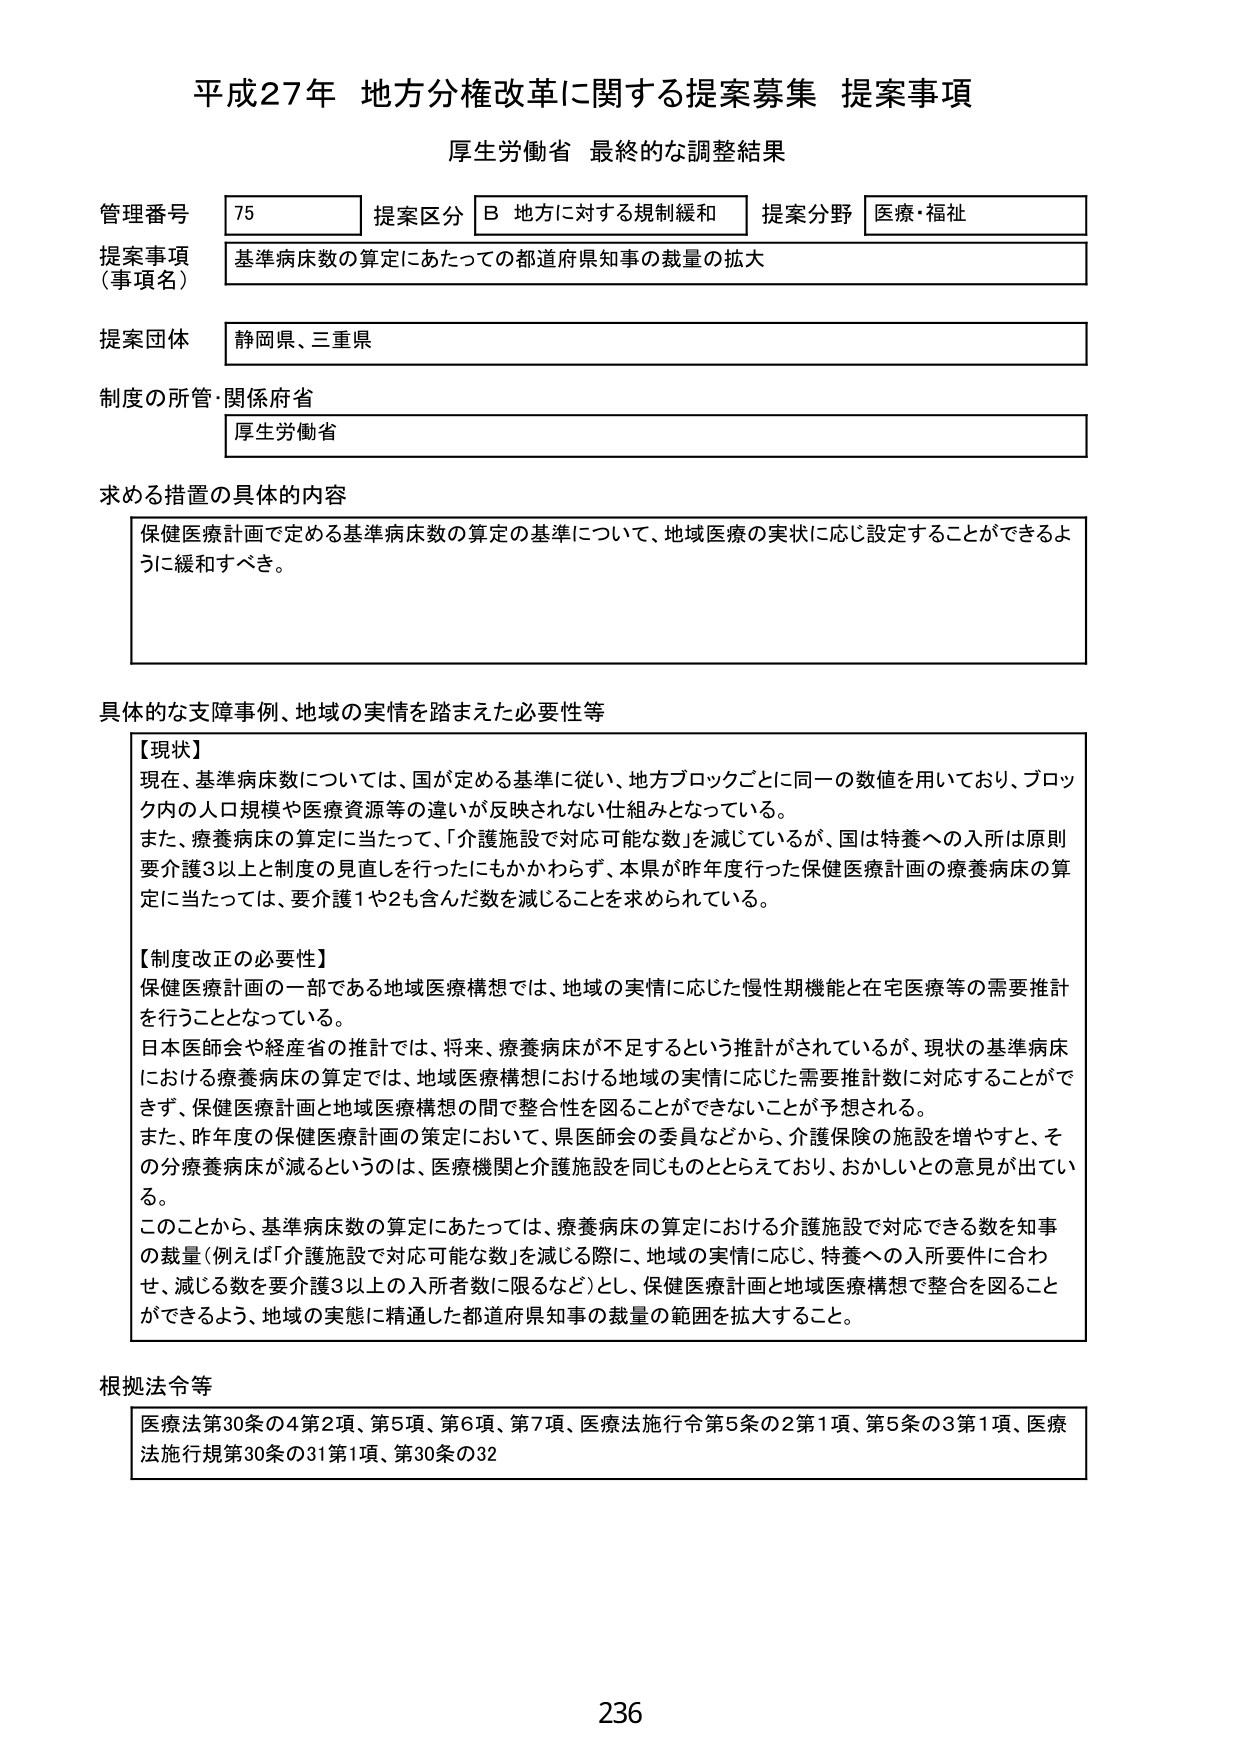
平成27年 地方分権改革に関する提案募集 提案事項
厚生労働省 最終的な調整結果

管理番号 75
提案区分 B 地方に対する規制緩和
提案分野 医療・福祉

提案事項（事項名）
基準病床数の算定にあたっての都道府県知事の裁量の拡大

提案団体
静岡県、三重県

制度の所管・関係府省
厚生労働省

求める措置の具体的内容
保健医療計画で定める基準病床数の算定の基準について、地域医療の実状に応じ設定することができるように緩和すべき。

具体的な支障事例、地域の実情を踏まえた必要性等
【現状】
現在、基準病床数については、国が定める基準に従い、地方ブロックごとに同一の数値を用いており、ブロック内の人口規模や医療資源等の違いが反映されない仕組みとなっている。
また、療養病床の算定に当たって、「介護施設で対応可能な数」を減じているが、国は特養への入所は原則要介護3以上と制度の見直しを行ったにもかかわらず、本県が昨年度行った保健医療計画の療養病床の算定に当たっては、要介護1や2も含んだ数を減じることを求められている。

【制度改正の必要性】
保健医療計画の一部である地域医療構想では、地域の実情に応じた慢性期機能と在宅医療等の需要推計を行うこととなっている。
日本医師会や経産省の推計では、将来、療養病床が不足するという推計がされているが、現状の基準病床における療養病床の算定では、地域医療構想における地域の実情に応じた需要推計数に対応することができず、保健医療計画と地域医療構想の間で整合性を図ることができないことが予想される。
また、昨年度の保健医療計画の策定において、県医師会の委員などから、介護保険の施設を増やすと、その分療養病床が減るというのは、医療機関と介護施設を同じものとらえており、おかしいとの意見が出ている。
このことから、基準病床数の算定にあたっては、療養病床の算定における介護施設で対応できる数を知事の裁量（例えば「介護施設で対応可能な数」を減じる際に、地域の実情に応じ、特養への入所要件に合わせ、減じる数を要介護3以上の入所者数に限るなど）とし、保健医療計画と地域医療構想で整合を図ることができるよう、地域の実態に精通した都道府県知事の裁量の範囲を拡大すること。

根拠法令等
医療法第30条の4第2項、第5項、第6項、第7項、医療法施行令第5条の2第1項、第5条の3第1項、医療法施行規第30条の31第1項、第30条の32

236